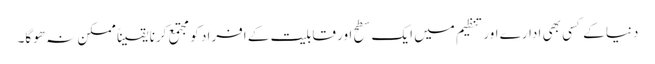
دنیا کے کسی بھی ادارے اور تنظیم میں ایک سطح اور قابلیت کے افراد کو مجتمع کرنا یقیناً ممکن نہ ھوگا۔